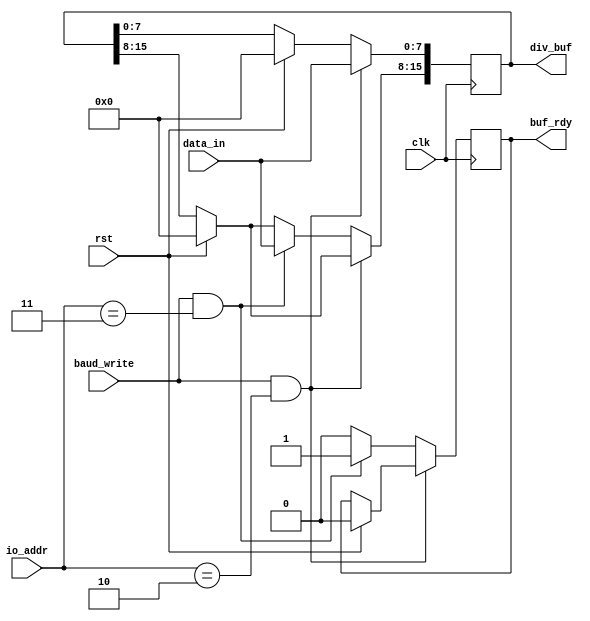
module divisor_buf(rst, clk, io_addr, baud_write, data_in, div_buf, buf_rdy);
input rst, clk;
input [1:0] io_addr;
input [7:0] data_in;
input baud_write;
output reg [15:0] div_buf;
output reg buf_rdy;

always@(posedge clk) begin
	if(rst) begin
		div_buf <= 16'h0000;
		buf_rdy <= 0;
	end
	if(baud_write && io_addr == 2'b10) begin
		div_buf[7:0] <= data_in[7:0];
	end
	else if(baud_write && io_addr == 2'b11) begin
		div_buf[15:8] <= data_in[7:0];
		buf_rdy <= 1;
	end
	else 
		buf_rdy <= 0;
end

endmodule